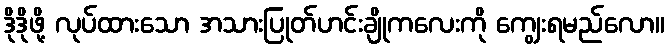
ဒိုဒိုဖို့ လုပ်ထားသော အသားပြုတ်ဟင်းချိုကလေးကို ကျွေးရမည်လော။